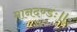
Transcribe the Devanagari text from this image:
मानदण्डः॥